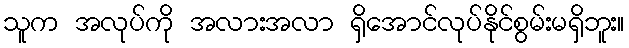
သူက အလုပ်ကို အလားအလာ ရှိအောင်လုပ်နိုင်စွမ်းမရှိဘူး။